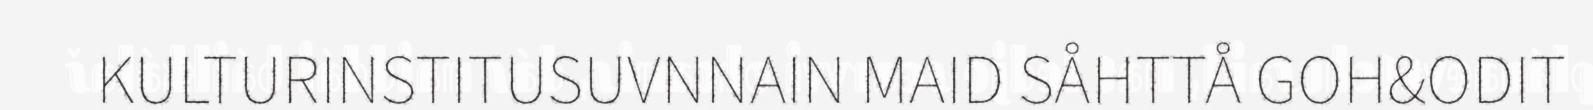
KULTURINSTITUSUVNNAIN MAID SÅHTTÅ GOH&ODIT